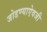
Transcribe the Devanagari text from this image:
जोडण्याऐवजी